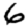
Digit: 6